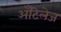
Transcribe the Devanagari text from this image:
अँटिलेज